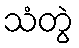
သံတွဲ